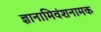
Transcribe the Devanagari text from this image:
ज्ञानामिवंशनामक